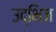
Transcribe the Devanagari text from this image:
उद्भिज